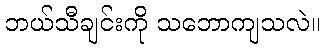
ဘယ်သီချင်းကို သဘောကျသလဲ။